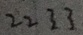
2 2 3 3